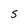
Character: 5